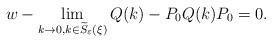
LaTeX: \begin{align*}w-\lim_{k\rightarrow 0, k\in \widetilde{S}_\varepsilon(\xi)} Q(k)-P_0Q(k)P_0=0.\end{align*}